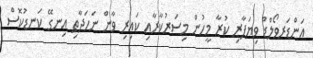
އަންޑަރވޯލްޑް ވިޔަފާރި ކުރާ މީހުން މިސަރުކާރާއި ކައިރި ވާން ނަހަދާތި އިނގޭ ކަނޑުކޮސް